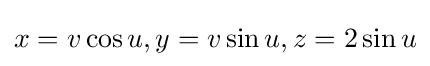
x=v\cos u,y=v\sin u,z=2\sin u